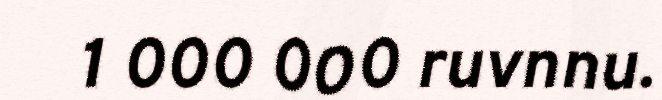
1 000 000 ruvnnu.